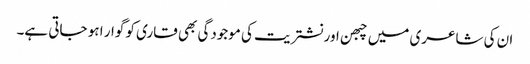
ان کی شاعری میں چبھن اور نشتریت کی موجودگی بھی قاری کو گوار ا ہو جاتی ہے۔